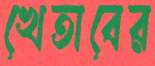
খেতাবের